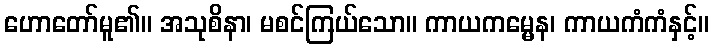
ဟောတော်မူ၏။ အသုစိနာ၊ မစင်ကြယ်သော။ ကာယကမ္မေန၊ ကာယကံကံနှင့်။